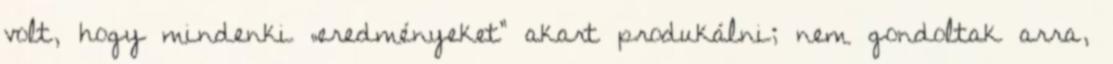
volt, hogy mindenki „eredményeket” akart produkálni; nem gondoltak arra,